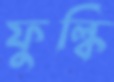
ফুল্কি